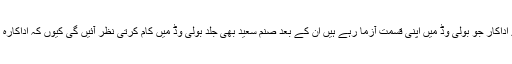
اب ایسا لگتا ہے کہ ماہرہ خان اور فواد خان سمیت کئی دوسرے اداکار جو بولی وڈ میں اپنی قسمت آزما رہے ہیں ان کے بعد صنم سعید بھی جلد بولی وڈ میں کام کرتی نظر آئیں گی کیوں کہ اداکارہ نے کرن جوہر کو اپنی بہترین اداکاری سے کافی متاثر کیا ہے۔